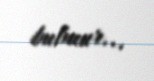
bulmur...